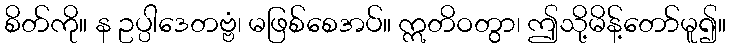
စိတ်ကို။ န ဥပ္ပါဒေတဗ္ဗံ၊ မဖြစ်စေအပ်။ ဣတိဝတွာ၊ ဤသို့မိန့်တော်မူ၍။